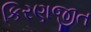
કિરણજીત